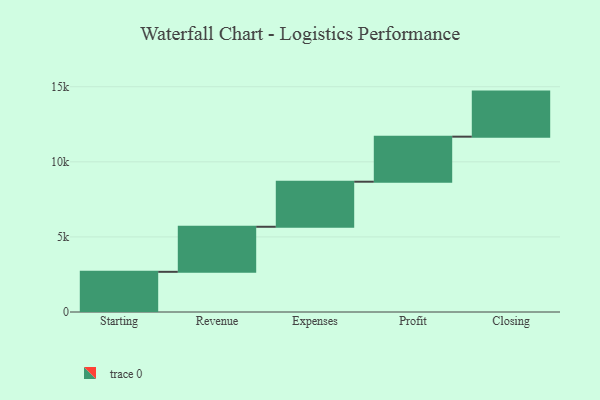
{"axis": {"x": "Step", "y": "Value"}, "legend": [""], "data": [{"x": "Starting", "y": 2675.0, "type": ""}, {"x": "Revenue", "y": 3000, "type": ""}, {"x": "Expenses", "y": 3000, "type": ""}, {"x": "Profit", "y": 3000, "type": ""}, {"x": "Closing", "y": 3000, "type": ""}]}